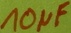
Text: 10µF